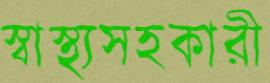
স্বাস্থ্যসহকারী